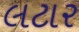
લટાર